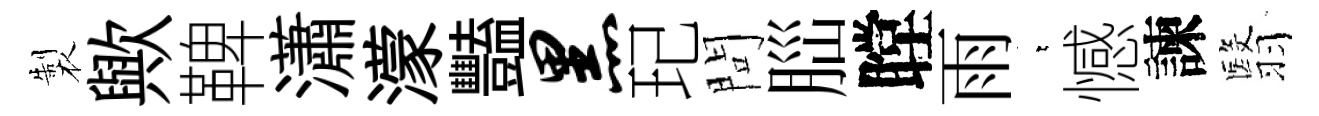
製歟鞞瀟濛豔黑玘問𦛁瞠雨萋憾諫翳